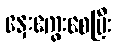
နှေးကွေးစေပြီး